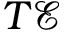
T \mathcal E